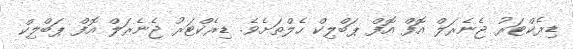
ޑިރެކްޓަރު ޖެނެރަލް އޮފް އޮފް ޕަބްލިކް ހެލްތަށެެވެ. ޑިރެކްޓަރު ޖެނެރަލް އޮފް ޕަބްލިކް